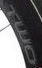
TWO